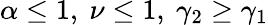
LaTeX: \alpha\le 1,\ \nu\le 1,\ \gamma_{2}\ge\gamma_{1}